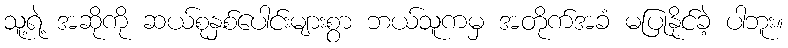
သူ့ရဲ့ အဆိုကို ဆယ်စုနှစ်ပေါင်းများစွာ ဘယ်သူကမှ အတိုက်အခံ မပြုနိုင်ခဲ့ ပါဘူး။